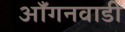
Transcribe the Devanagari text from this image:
आँगनवाडी